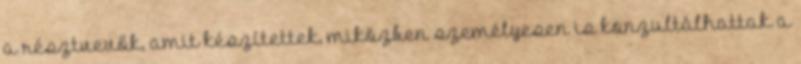
a résztvevők, amit készítettek, miközben személyesen is konzultálhattak a